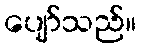
ပျော်သည်။